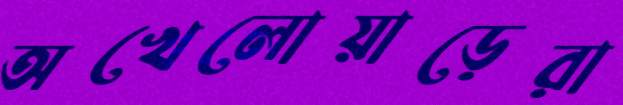
অখেলোয়াড়েরা